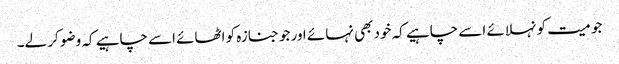
جو میت کو نہلائے اسے چاہیے کہ خود بھی نہائے اور جو جنازہ کو اٹھائے اسے چاہیے کہ وضو کر لے۔